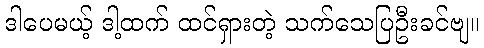
ဒါပေမယ့် ဒါ့ထက် ထင်ရှားတဲ့ သက်သေပြဦးခင်ဗျ။